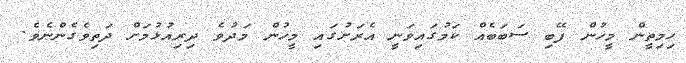
ހިމިތީން މީހުން ފޭބި ސަބަބެއް ކަމުގައިވަނީ އެރަށުގައި މީހުން މަދުވެ ދިރިއުޅުމަށް ދަތިވެގެންނެވެ.